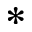
^ { * }